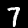
Digit: 7